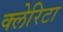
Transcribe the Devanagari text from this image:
क्लेरिटा